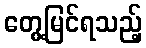
တွေ့မြင်ရသည့်